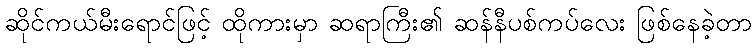
ဆိုင်ကယ်မီးရောင်ဖြင့် ထိုကားမှာ ဆရာကြီး၏ ဆန်နီပစ်ကပ်လေး ဖြစ်နေခဲ့တာ